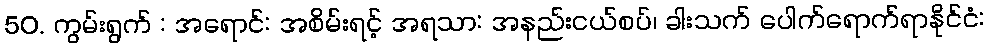
50. ကွမ်းရွက် : အရောင်: အစိမ်းရင့် အရသာ: အနည်းငယ်စပ်၊ ခါးသက် ပေါက်ရောက်ရာနိုင်ငံ: